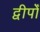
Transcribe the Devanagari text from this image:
द्वीपोँ